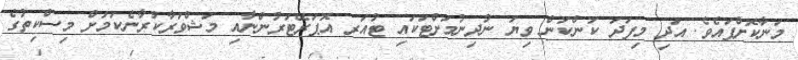
މަނާކޮށްފައެވެ. އަދި މިފަދަ ކަންކަން ވިޔަ ނުދިނުމަށްޓަކައި ޓުއަރ އޮޕަރޭޓަރުންނާއި މަޝްވަރާކުރާނެކަމަށް މިސްކިތުގެ